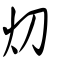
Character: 灱